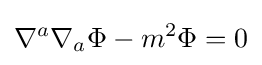
\nabla ^{a}\nabla _{a}\Phi -m^{2}\Phi =0